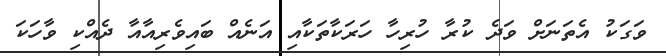
ވަގަކު އެތަނަށް ވަދެ ކުރާ ހުރިހާ ހަރަކާތަކާއި އަނެއް ބައިވެރިއާއާ ދެއްކި ވާހަކަ